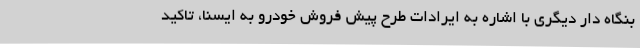
بنگاه دار دیگری با اشاره به ایرادات طرح پیش فروش خودرو به ایسنا، تاکید